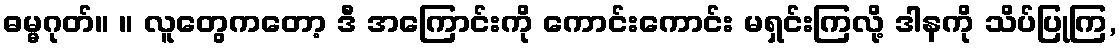
ဓမ္မဂုတ်။ ။ လူတွေကတော့ ဒီ အကြောင်းကို ကောင်းကောင်း မရှင်းကြလို့ ဒါနကို သိပ်ပြုကြ,